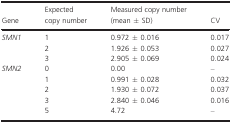
| Gene | Expected copy number | Measured copy number (mean ± SD) | CV |
 | --- | --- | --- | --- |
 | <ROWSPAN=3> SMN1 | 1 | 0.972 ± 0.016 | 0.017 |
 | 2 | 1.926 ± 0.053 | 0.027 |
 | 3 | 2.905 ± 0.069 | 0.024 |
 | <ROWSPAN=5> SMN2 | 0 | 0.00 | – |
 | 1 | 0.991 ± 0.028 | 0.032 |
 | 2 | 1.930 ± 0.072 | 0.037 |
 | 3 | 2.840 ± 0.046 | 0.016 |
 | 5 | 4.72 | – |